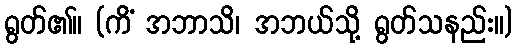
ရွတ်၏။ (ကိံ အဘာသိ၊ အဘယ်သို့ ရွတ်သနည်း။)